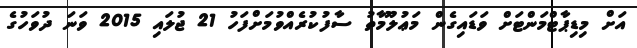
އަށް މިޑިޕާޓްމަންޓަށް ވަޑައިގެން މަޢުލޫމާތު ސާފުކުރެއްވުމަށްފަހު 21 ޖުލައި 2015 ވަނަ ދުވަހުގެ